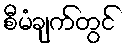
စီမံချက်တွင်